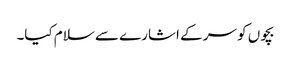
بچوں کو سر کے اشارے سے سلام کیا۔